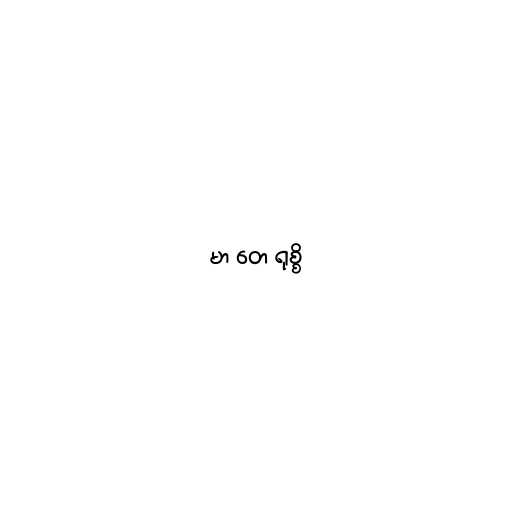
မာ တေ ရုစ္စိ